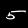
Digit: 5